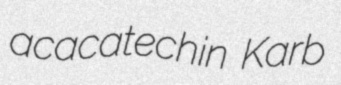
acacatechin Karb